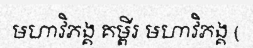
មហាវិភង្គ គម្ពីរ មហាវិភង្គ (